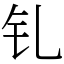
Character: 钆